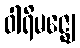
ဝါရိမဇ္ဈေ